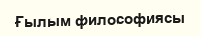
Ғылым философиясы